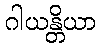
ဂါယန္တိယာ